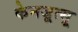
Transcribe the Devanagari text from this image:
केनजूत्सू